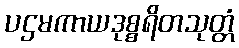
ပဌမကာယဒုစ္စရိတသုတ္တံ